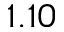
1 . 1 0